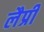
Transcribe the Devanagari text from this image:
लैप्री